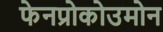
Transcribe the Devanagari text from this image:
फेनप्रोकोउमोन